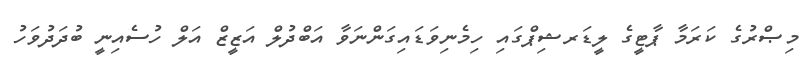
މިޞްރުގެ ކަރަމާ ޕާޓީގެ ލީޑަރޝިޕްގައި ހިމެނިވަޑައިގަންނަވާ އަބްދުލް އަޒީޒް އަލް ހުސެއިނީ ބުދަދުވަހު